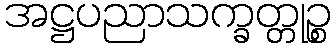
အဋ္ဌပညာသက္ခတ္တုဉ္စ